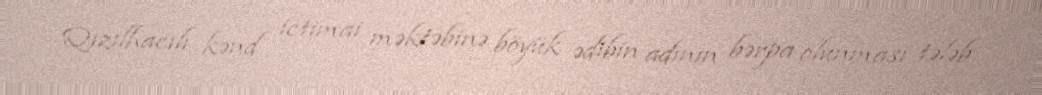
Qızılhacılı kənd ictimai məktəbinə böyük ədibin adının bərpa olunması tələb